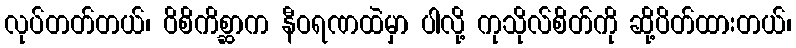
လုပ်တတ်တယ်၊ ဝိစိကိစ္ဆာက နီဝရဏထဲမှာ ပါလို့ ကုသိုလ်စိတ်ကို ဆို့ပိတ်ထားတယ်၊